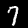
Digit: 7